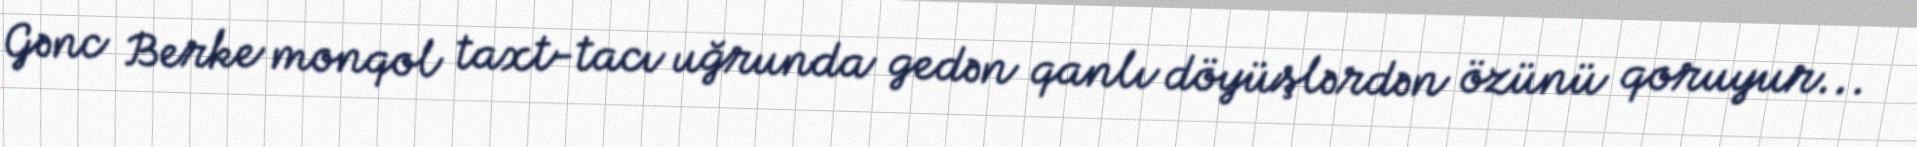
Gənc Berke monqol taxt-tacı uğrunda gedən qanlı döyüşlərdən özünü qoruyur...